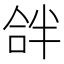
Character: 𠵵